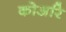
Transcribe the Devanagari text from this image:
कोअरि